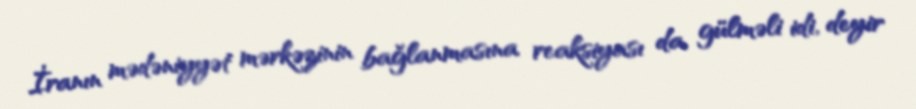
İranın mədəniyyət mərkəzinin bağlanmasına reaksiyası da gülməli idi, deyir